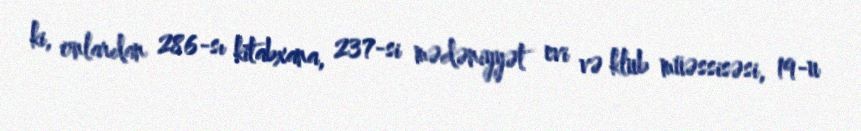
ki, onlardan 286-sı kitabxana, 237-si mədəniyyət evi və klub müəssisəsi, 19-u